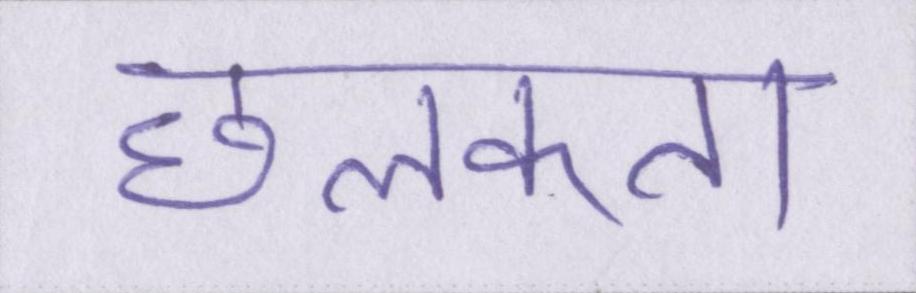
छलकता